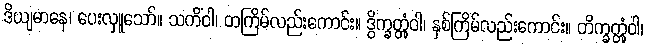
ဒိယျမာနေ၊ ပေးလှူသော်။ သကိံဝါ၊ တကြိမ်လည်းကောင်း။ ဒွိက္ခတ္တုံဝါ၊ နှစ်ကြိမ်လည်းကောင်း။ တိက္ခတ္တုံဝါ၊